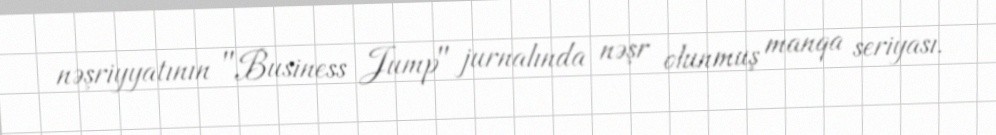
nəşriyyatının "Business Jump" jurnalında nəşr olunmuş manqa seriyası.